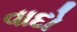
વાદો